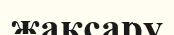
жақсару